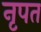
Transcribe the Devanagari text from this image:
नृपत